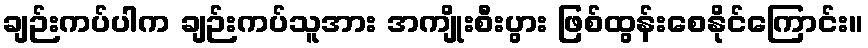
ချဉ်းကပ်ပါက ချဉ်းကပ်သူအား အကျိုးစီးပွား ဖြစ်ထွန်းစေနိုင်ကြောင်း။